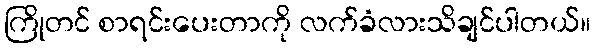
ကြိုတင် စာရင်းပေးတာကို လက်ခံလားသိချင်ပါတယ်။